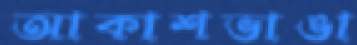
আকাশভাঙা